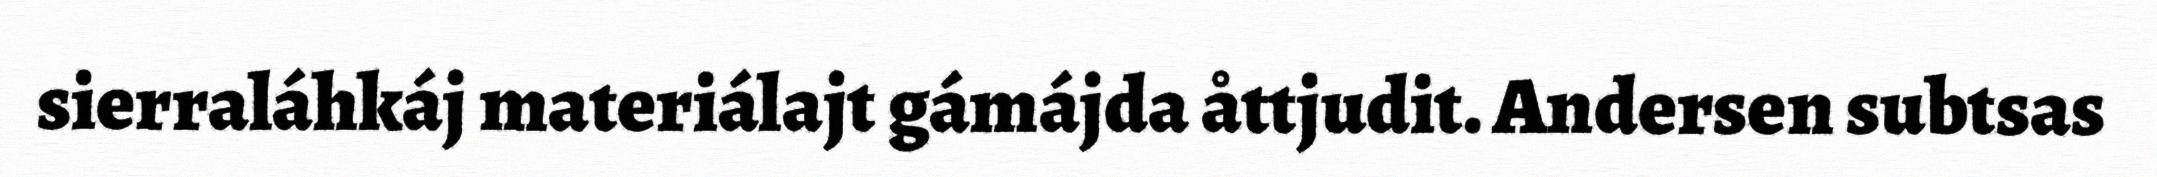
sierraláhkáj materiálajt gámájda åttjudit. Andersen subtsas